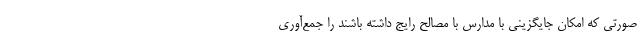
صورتی که امکان جایگزینی با مدارس با مصالح رایج داشته باشند را جمع‌آوری